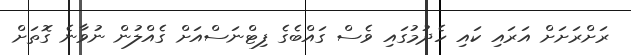
ރަށްރަށަށް އަރައި ކައި ހެދުމުގައި ވެސް ގައްބެގެ ފިޓްނަސްއަށް ގެއްލުން ނުވާނެ ގޮތަށް